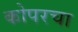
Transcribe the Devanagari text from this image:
कोपरचा